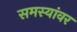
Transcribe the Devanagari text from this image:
समस्‍यांवर